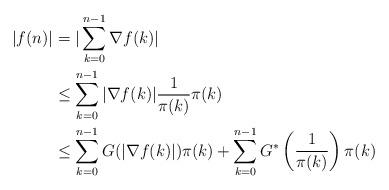
LaTeX: \begin{align*}|f(n)|& = |\sum_{k=0}^{n-1} \nabla f(k) | \\& \leq \sum_{k=0}^{n-1} |\nabla f(k)| \frac{1}{\pi(k)} \pi(k) \\ & \leq \sum_{k=0}^{n-1} G(|\nabla f(k)|)\pi(k) + \sum_{k=0}^{n-1} G^* \left(\frac{1}{\pi(k)} \right) \pi(k)\end{align*}